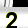
Digit: 2